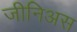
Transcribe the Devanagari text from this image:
जीनिअस